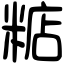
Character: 𥺦